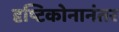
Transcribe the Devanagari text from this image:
दृष्टिकोनानंतर